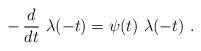
LaTeX: \begin{align*}-\, {d\over dt}\ \lambda(-t) = \psi(t)\ \lambda(-t)\ .\end{align*}